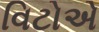
વિટોએ